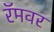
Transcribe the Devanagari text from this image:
रॅमवर